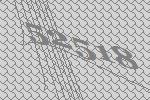
52518